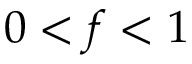
0 < f < 1